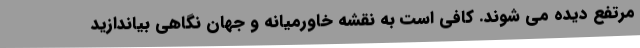
مرتفع دیده می شوند. کافی است به نقشه خاورمیانه و جهان نگاهی بیاندازید